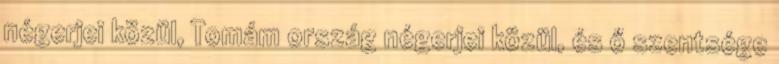
négerjei közül, Tomám ország négerjei közül, és ő szentsége